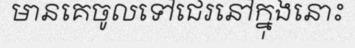
មានគេចូលទៅជេរនៅក្នុងនោះ